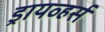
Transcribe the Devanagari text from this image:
ड्रायव्हर्स